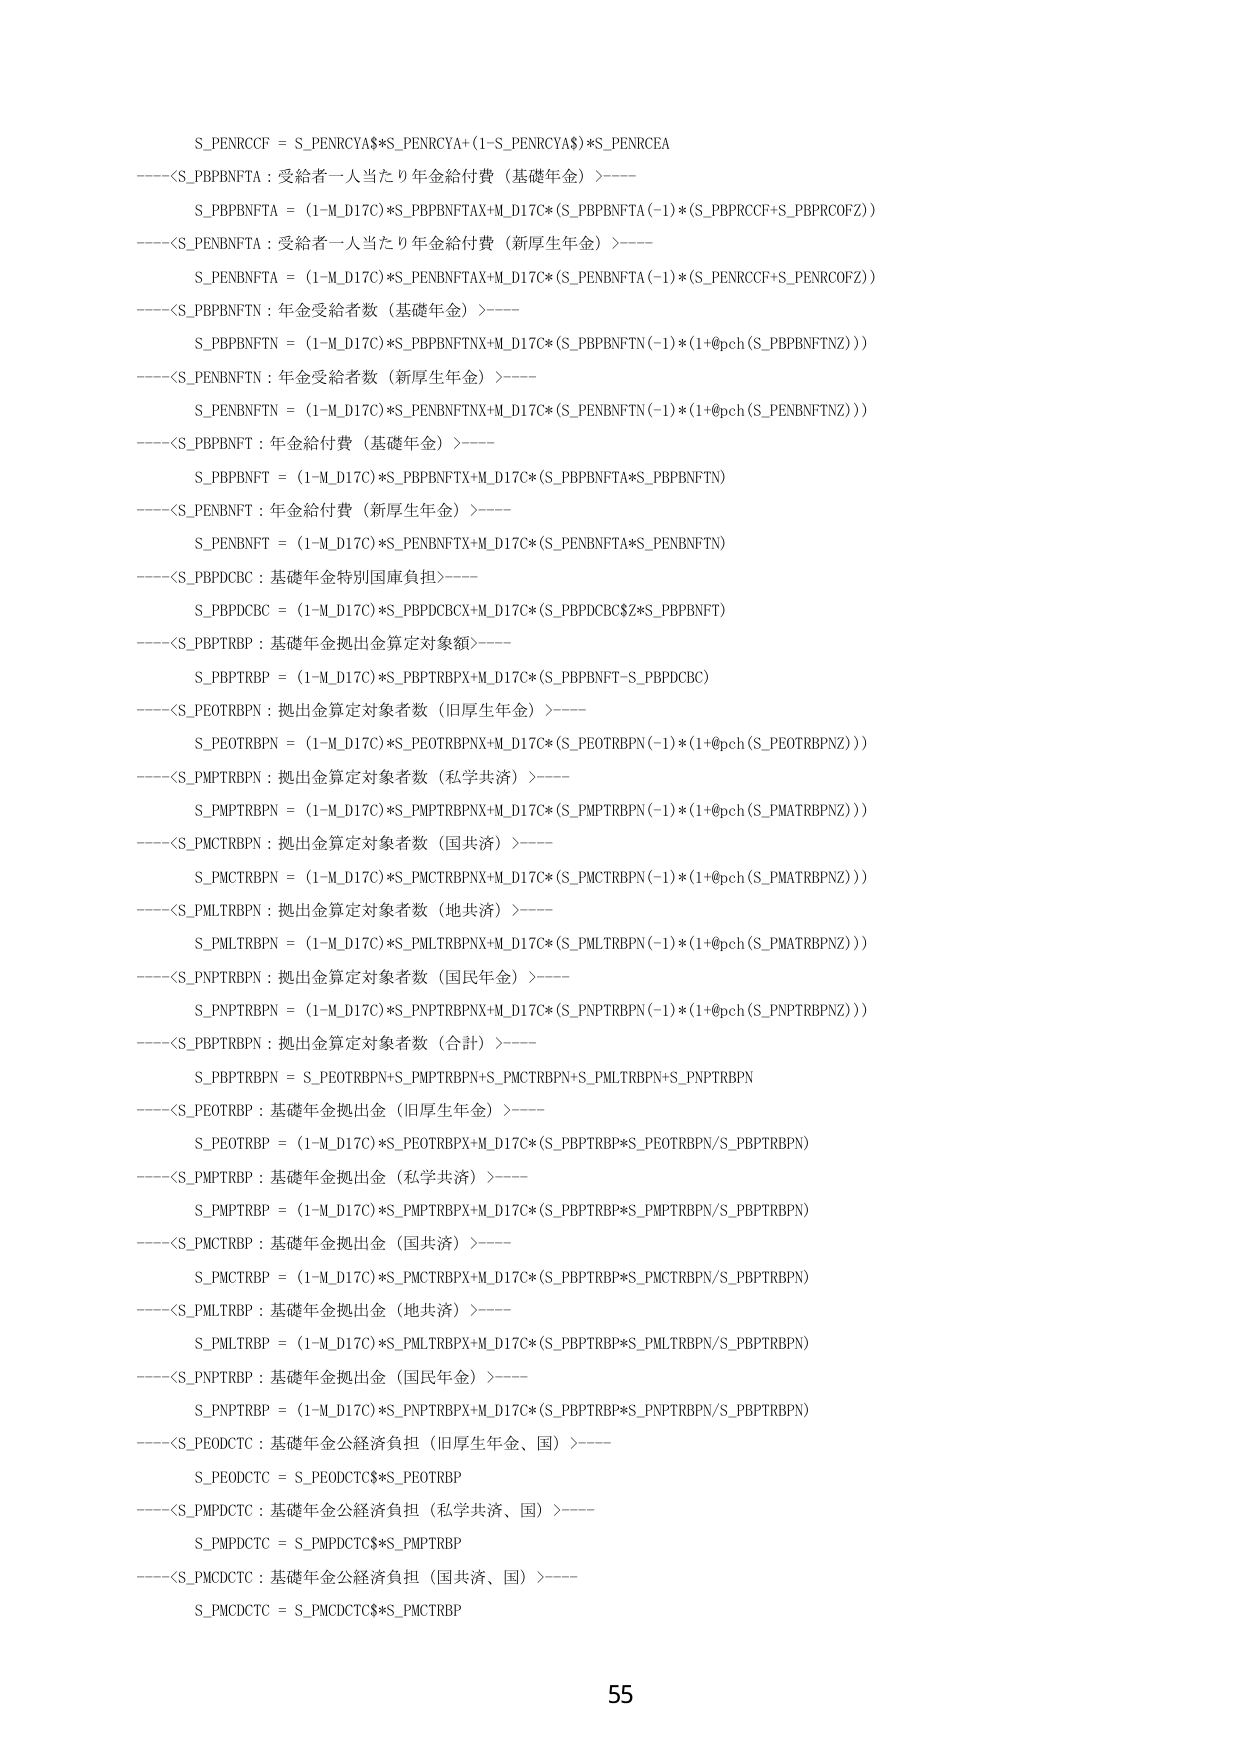
S_PENRCCF = S_PENRCYA$*S_PENRCYA+(1-S_PENRCYA$)*S_PENRCEA
----<S_PBPBNFTA : 受給者一人当たり年金給付費（基礎年金）>----
S_PBPBNFTA = (1-M_D17C)*S_PBPBNFTAX+M_D17C*(S_PBPBNFTA(-1)*(S_PBP RCCF+S_PBPRCOFZ))
----<S_PENBNFTA : 受給者一人当たり年金給付費（新厚生年金）>----
S_PENBNFTA = (1-M_D17C)*S_PENBNFTAX+M_D17C*(S_PENBNFTA(-1)*(S_PENRCCF+S_PENRCOFZ))
----<S_PBPBNFTN : 年金受給者数（基礎年金）>----
S_PBPBNFTN = (1-M_D17C)*S_PBPBNFTNX+M_D17C*(S_PBPBNFTN(-1)*(1+@pch(S_PBPBNFTNZ)))
----<S_PENBNFTN : 年金受給者数（新厚生年金）>----
S_PENBNFTN = (1-M_D17C)*S_PENBNFTNX+M_D17C*(S_PENBNFTN(-1)*(1+@pch(S_PENBNFTNZ)))
----<S_PBPBNFT : 年金給付費（基礎年金）>----
S_PBPBNFT = (1-M_D17C)*S_PBPBNFTX+M_D17C*(S_PBPBNFTA*S_PBPBNFTN)
----<S_PENBNFT : 年金給付費（新厚生年金）>----
S_PENBNFT = (1-M_D17C)*S_PENBNFTX+M_D17C*(S_PENBNFTA*S_PENBNFTN)
----<S_PBPDCBC : 基礎年金特別国庫負担>----
S_PBPDCBC = (1-M_D17C)*S_PBPDCBCX+M_D17C*(S_PBPDCBCZ*S_PBPBNFT)
----<S_PBPTRBP : 基礎年金拠出金算定対象額>----
S_PBPTRBP = (1-M_D17C)*S_PBPTRBPX+M_D17C*(S_PBPBNFT-S_PBPDCBC)
----<S_PEOTRBP N : 拠出金算定対象者数（旧厚生年金）>----
S_PEOTRBP N = (1-M_D17C)*S_PEOTRBPNX+M_D17C*(S_PEOTRBP N(-1)*(1+@pch(S_PEOTRBP NZ)))
----<S_PMPTRBP N : 拠出金算定対象者数（私学共済）>----
S_PMPTRBP N = (1-M_D17C)*S_PMPTRBPNX+M_D17C*(S_PMPTRBP N(-1)*(1+@pch(S_PMATRBP NZ)))
----<S_PMCTRBP N : 拠出金算定対象者数（国共済）>----
S_PMCTRBP N = (1-M_D17C)*S_PMCTRBPNX+M_D17C*(S_PMCTRBP N(-1)*(1+@pch(S_PMATRBP NZ)))
----<S_PMLTRBP N : 拠出金算定対象者数（地共済）>----
S_PMLTRBP N = (1-M_D17C)*S_PMLTRBPNX+M_D17C*(S_PMLTRBP N(-1)*(1+@pch(S_PMATRBP NZ)))
----<S_PNPTRBP N : 拠出金算定対象者数（国民年金）>----
S_PNPTRBP N = (1-M_D17C)*S_PNPTRBPNX+M_D17C*(S_PNPTRBP N(-1)*(1+@pch(S_PNPTRBP NZ)))
----<S_PBPTRBP N : 拠出金算定対象者数（合計）>----
S_PBPTRBP N = S_PEOTRBP N+S_PMPTRBP N+S_PMCTRBP N+S_PMLTRBP N+S_PNPTRBP N
----<S_PEOTRBP : 基礎年金拠出金（旧厚生年金）>----
S_PEOTRBP = (1-M_D17C)*S_PEOTRBPX+M_D17C*(S_PBPTRBP*S_PEOTRBP N/S_PBPTRBP N)
----<S_PMPTRBP : 基礎年金拠出金（私学共済）>----
S_PMPTRBP = (1-M_D17C)*S_PMPTRBPX+M_D17C*(S_PBPTRBP*S_PMPTRBP N/S_PBPTRBP N)
----<S_PMCTRBP : 基礎年金拠出金（国共済）>----
S_PMCTRBP = (1-M_D17C)*S_PMCTRBPX+M_D17C*(S_PBPTRBP*S_PMCTRBP N/S_PBPTRBP N)
----<S_PMLTRBP : 基礎年金拠出金（地共済）>----
S_PMLTRBP = (1-M_D17C)*S_PMLTRBPX+M_D17C*(S_PBPTRBP*S_PMLTRBP N/S_PBPTRBP N)
----<S_PNPTRBP : 基礎年金拠出金（国民年金）>----
S_PNPTRBP = (1-M_D17C)*S_PNPTRBPX+M_D17C*(S_PBPTRBP*S_PNPTRBP N/S_PBPTRBP N)
----<S_PEODCTC : 基礎年金公経済負担（旧厚生年金、国）>----
S_PEODCTC = S_PEODCTC$*S_PEOTRBP
----<S_PMPDCTC : 基礎年金公経済負担（私学共済、国）>----
S_PMPDCTC = S_PMPDCTC$*S_PMPTRBP
----<S_PMC DCTC : 基礎年金公経済負担（国共済、国）>----
S_PMC DCTC = S_PMC DCTC$*S_PMCTRBP
55